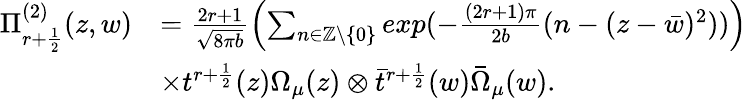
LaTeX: \begin{array}{rl}{\Pi_{r+\frac{1}{2}}^{(2)}(z,w)}&{=\frac{2r+1}{\sqrt{8\pi b}}\left(\sum_{n\in\mathbb{Z}\backslash\{ 0\} }exp(-\frac{(2r+1)\pi}{2b}(n-(z-\bar{w})^{2}))\right)}\\ &{\times t^{r+\frac{1}{2}}(z)\Omega_{\mu}(z)\otimes\bar{t}^{r+\frac{1}{2}}(w)\bar{\Omega}_{\mu}(w).}\end{array}